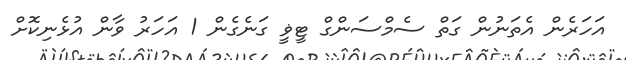
އަހަރެން އެތަނުން ގަތް ސެމްސަންގް ޓީޥީ ގަނެގެން 1 އަހަރު ވާން އުޅެނިކޮށް